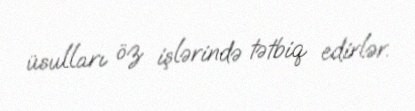
üsulları öz işlərində tətbiq edirlər.